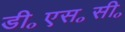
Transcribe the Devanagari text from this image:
डी॰एस॰सी॰